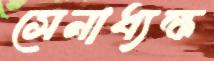
সেনাধ্যক্ষ